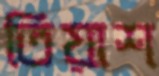
তিয়াশ